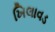
ખિલાવડ